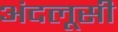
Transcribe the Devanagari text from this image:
अंदलूसी